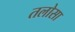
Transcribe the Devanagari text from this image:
तलोसा